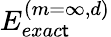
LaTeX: E_{exac\mathsf{t}}^{(m=\infty,d)}